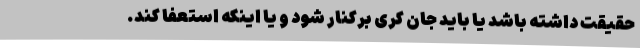
حقیقت داشته باشد یا باید جان کری برکنار شود و یا اینکه استعفا کند.